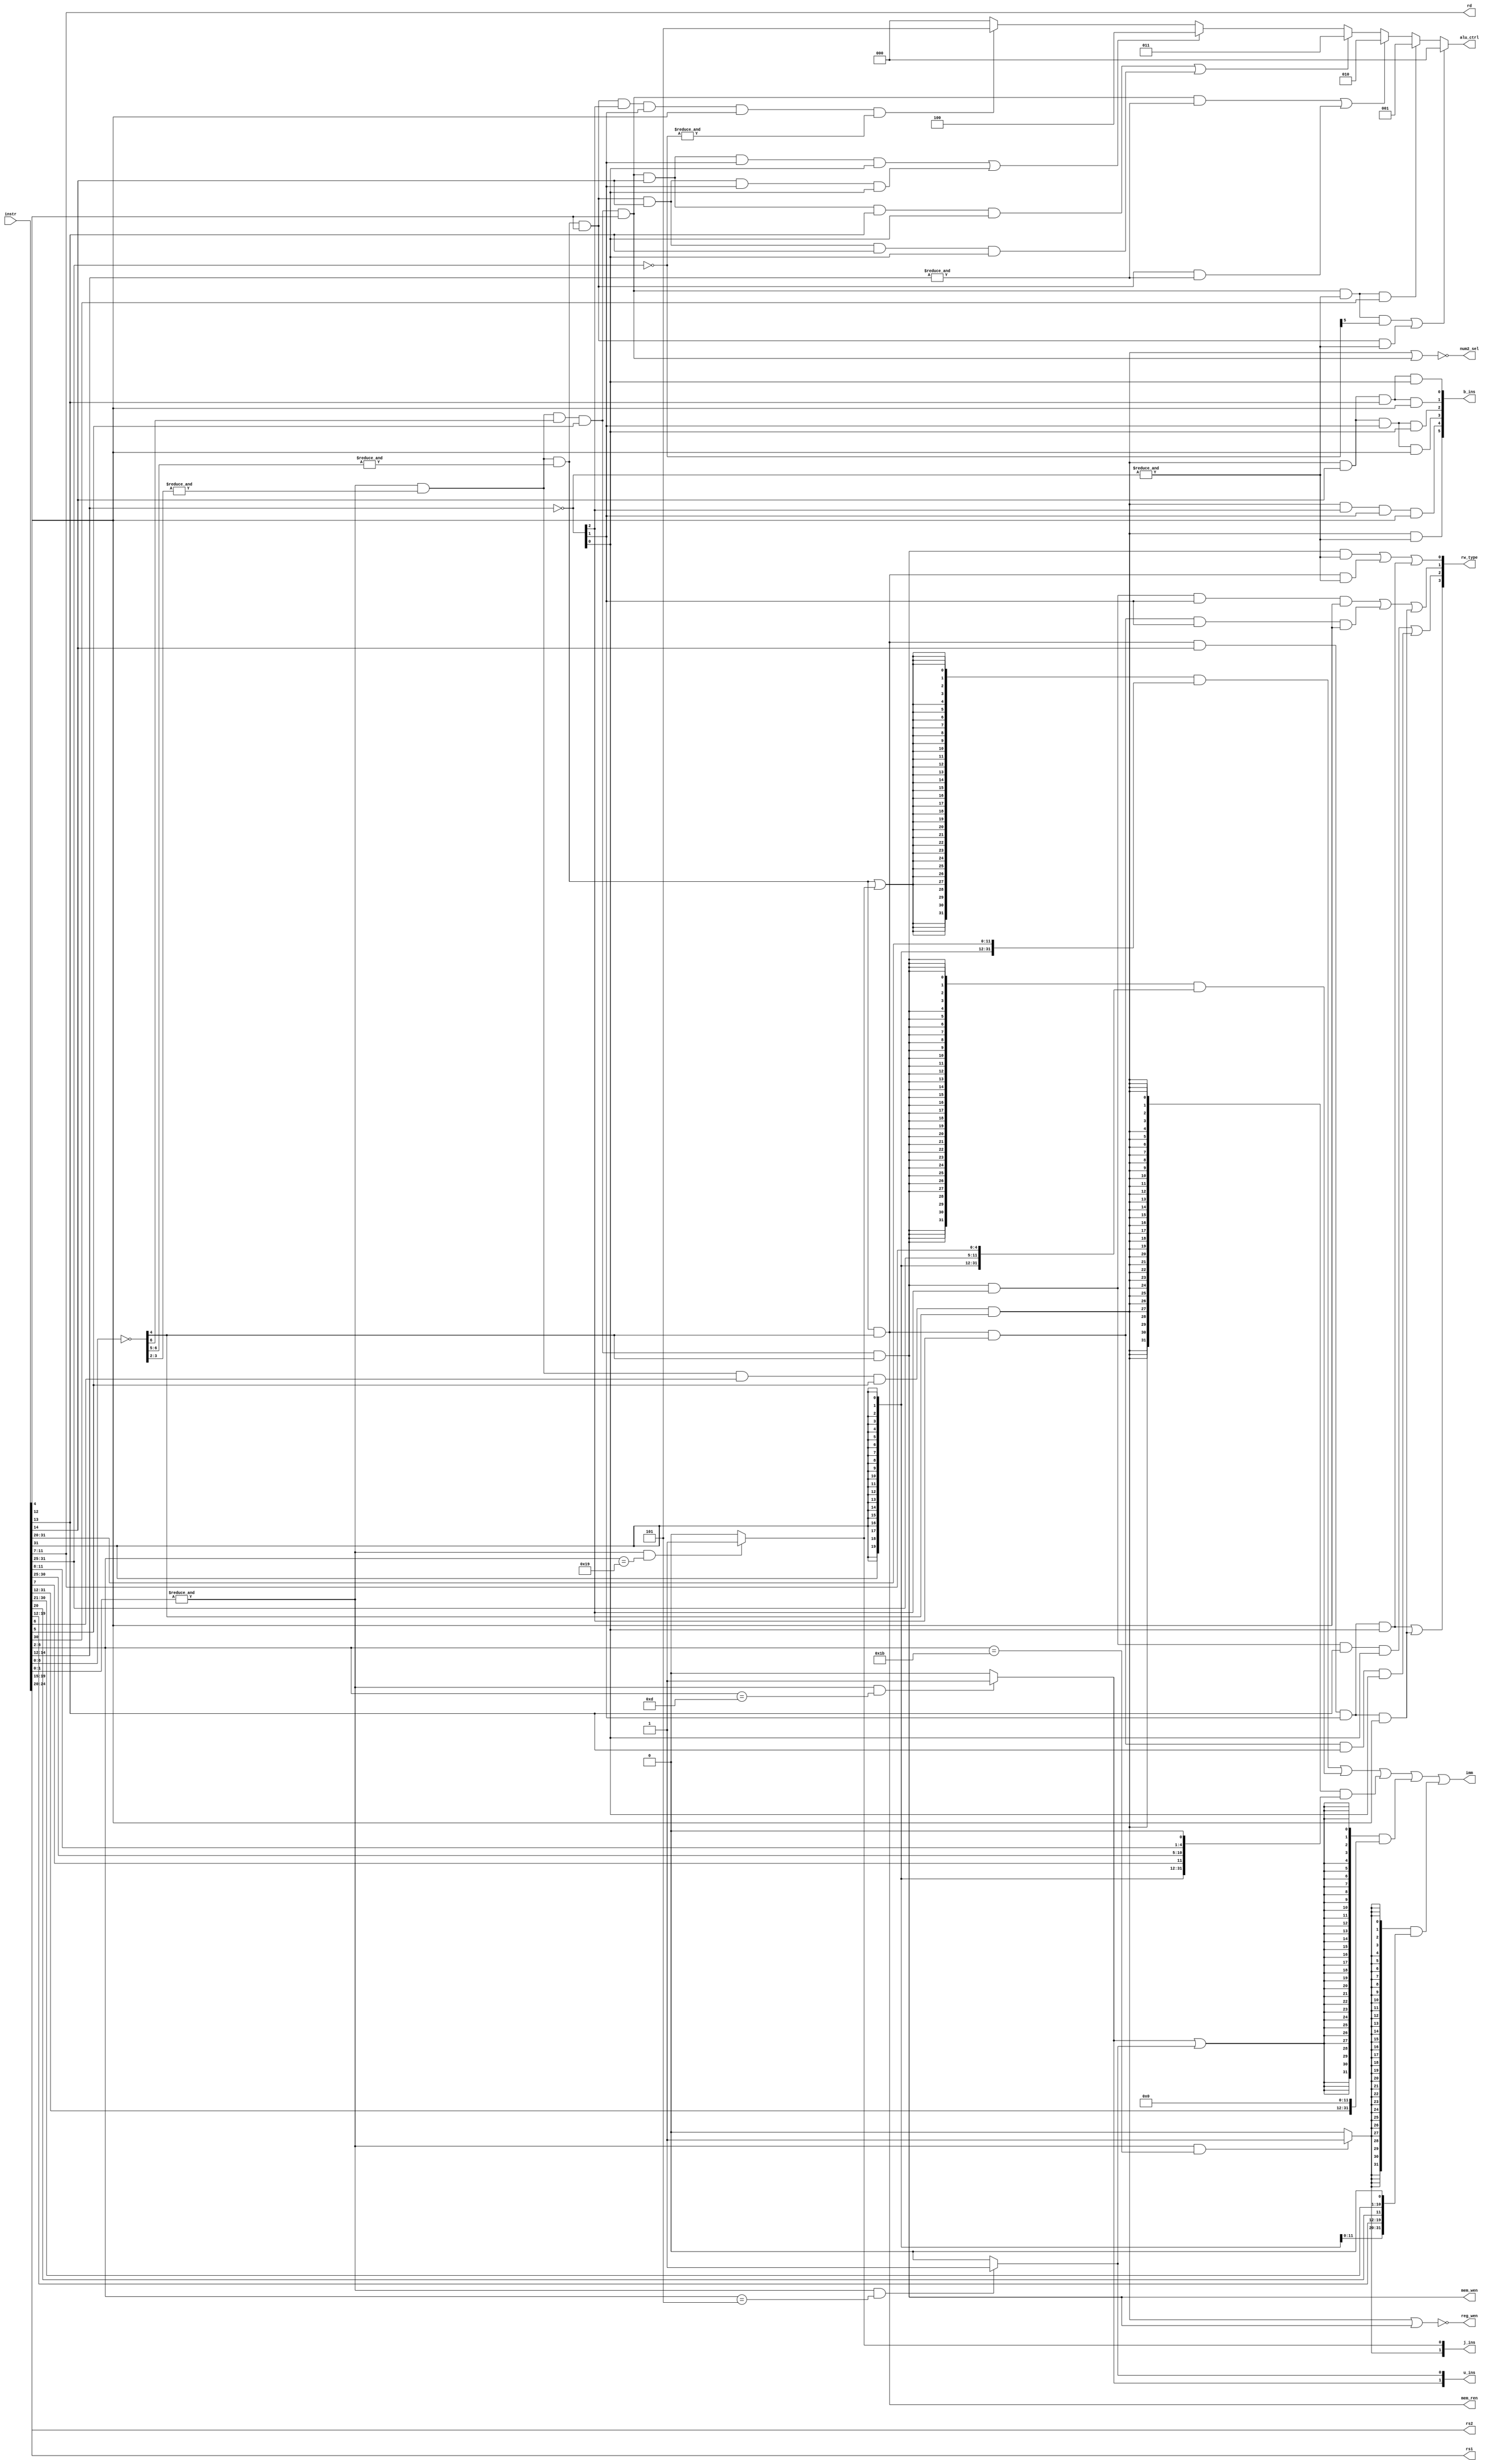
module Decoder(
    input [31:0] instr,

    //regfile
    output [4:0] rs1,
    output [4:0] rs2,
    output [4:0] rd,

    //alu
    output [31:0] imm,
    output [2:0] alu_ctrl,
    output num2_sel,        //1:imm

    //access mem
    output [3:0] rw_type,         //u, w, h, b
    output mem_wen,
    output mem_ren,

    //write back
    output [5:0] b_ins,      //be, bne, bge, blt, bgeu, bltu
    output [1:0] j_ins,      //jal, jalr
    output [1:0] u_ins,      //lui, auipc
    output reg_wen
);

    wire [6:0] funct7;      //7 31:25
    //wire [4:0] rs2;       //5 24:20
    //wire [4:0] rs1;       //5 19:15
    wire [2:0] funct3;      //3 14:12
    //wire [4:0] rd;        //5 11:7
    wire [6:0] opcode;      //7  6:0
    wire [6:0] funct7_n;
    wire [2:0] funct3_n;
    wire [6:0] opcode_n;

    assign {funct7, rs2, rs1, funct3, rd, opcode} = instr;
    assign funct7_n = ~funct7;
    assign funct3_n = ~funct3;
    assign opcode_n = ~opcode;

//================ctrl_gen================
    wire r_type, i_type, s_type, b_type, u_type, j_type;
    wire u, w, h, b;
    wire beq, bne, bge, blt, bgeu, bltu;
    wire jal, jalr;
    wire lui, auipc;
    assign rw_type = {u, w, h, b};
    assign b_ins = {beq, bne, bge, blt, bgeu, bltu};
    assign j_ins = {jal, jalr};
    assign u_ins = {lui, auipc};
    
    //opcode[1:0] must be 2'b11
    wire effect;
    assign effect = &opcode[1:0];

    //u type
    assign lui = effect && (opcode[6:2] == 5'b01101) ? 1'b1 : 1'b0;
    assign auipc = effect && (opcode[6:2] == 5'b00101) ? 1'b1 : 1'b0;
    assign u_type = lui | auipc;
    //jal, jalr
    assign jal = effect && (opcode[6:2] == 5'b11011) ? 1'b1 : 1'b0;
    assign jalr = effect && (opcode[6:2] == 5'b11001) ? 1'b1 : 1'b0;
    assign j_type = jal;

    //not top4 xxx_00_xx
    wire t4_n;
    assign t4_n = &opcode_n[3:2];

    //b type 110_00_11
    assign b_type = effect & t4_n & opcode[6] & opcode[5] & opcode_n[4];//110
    assign beq = b_type & (&funct3_n);                          //000
    assign bne = b_type & funct3_n[2] & funct3_n[1] & funct3[0];//001
    assign blt = b_type & funct3[2] & funct3_n[1] & funct3_n[0];//100
    assign bge = b_type & funct3[2] & funct3_n[1] & funct3[0];  //101
    assign bltu = b_type & funct3[2] & funct3[1] & funct3_n[0]; //110
    assign bgeu = b_type & funct3[2] & funct3[1] & funct3[0];   //111

    //s type 010_00_11 (store)
    wire sb, sh, sw;
    assign s_type = effect & t4_n & opcode_n[6] & opcode[5] & opcode_n[4];//010
    assign mem_wen = s_type;
    assign sb = s_type & (&funct3_n);                           //000
    assign sh = s_type & funct3_n[2] & funct3_n[1] & funct3[0]; //001
    assign sw = s_type & funct3_n[2] & funct3[1] & funct3_n[0]; //010

    //r type 011_00_11
    wire add, sub, xorr, orr, andr;
    assign r_type = effect & t4_n & opcode_n[6] & opcode[5] & opcode[4];//011
    assign add = r_type & (&funct3_n) & funct7_n[5];            //000 0
    assign sub = r_type & (&funct3_n) & funct7[5];              //000 1
    assign xorr = r_type & funct3[2] & funct3_n[1] & funct3_n[0];//100
    assign orr = r_type & funct3[2] & funct3[1] & funct3_n[0];   //110
    assign andr = r_type & (&funct3);                            //111

    //i type 00x_00_11
    wire _i_type;
    wire i_load;
    wire i_calc;
    wire lb, lh, lw;
    wire lbu, lhu;
    wire addi, xori, ori, andi;
    wire slli; 
    assign _i_type = effect & t4_n & (&opcode_n[6:5]);//00x
    assign i_type = _i_type | jalr;
    assign i_load = _i_type & opcode_n[4];
    assign i_calc = _i_type & opcode[4];
    assign mem_ren = i_load;

    assign lb = i_load & (&funct3_n);                           //000
    assign lh = i_load & funct3_n[2] & funct3_n[1] & funct3[0]; //001
    assign lw = i_load & funct3_n[2] & funct3[1] & funct3_n[0]; //010
    assign lbu = i_load & funct3[2] & funct3_n[1] & funct3_n[0];//100
    assign lhu = i_load & funct3[2] & funct3_n[1] & funct3[0];  //101

    assign u = lbu | lhu;
    assign b = sb | lb | lbu;
    assign h = sh | lh | lhu;
    assign w = sw | lw;

    assign addi = i_calc & (&funct3_n);                         //000
    assign xori = i_calc & funct3[2] & funct3_n[1] & funct3_n[0];//100
    assign ori = i_calc & funct3[2] & funct3[1] & funct3_n[0];  //110
    assign andi = i_calc & (&funct3);                           //111
    assign slli = i_calc & funct3_n[2] & funct3_n[1] & funct3[0] & (&funct7_n);//001 0

    //reg_write
    assign reg_wen = ~(b_type | s_type);

//================imm_gen================
    wire [31:0] i_imm;
    wire [31:0] s_imm;
    wire [31:0] b_imm;
    wire [31:0] u_imm;
    wire [31:0] j_imm;
    assign i_imm = { {20{instr[31]}}, instr[31:20]                                                          };
    assign s_imm = { {20{instr[31]}}, instr[31:25],                                 instr[11:7]             };
    assign b_imm = { {20{instr[31]}},                   instr[7],   instr[30:25],   instr[11:8],    1'b0    };
    assign u_imm = { instr[31:12],                      12'b0                                               };
    assign j_imm = { {12{instr[31]}},   instr[19:12],   instr[20],  instr[30:25],   instr[24:21],   1'b0    };

    assign imm =    {32{i_type}} & i_imm |
                    {32{s_type}} & s_imm |
                    {32{b_type}} & b_imm |
                    {32{u_type}} & u_imm |
                    {32{j_type}} & j_imm;

//================alu_ctrl================
    assign num2_sel = ~(b_type | r_type);
    assign alu_ctrl =   (add | addi)    ? 3'd0 : 
                        (sub)           ? 3'd1 :
                        (andr | andi)   ? 3'd2 :
                        (orr | ori)     ? 3'd3 :
                        (xorr | xori)    ? 3'd4 :
                        (slli)          ? 3'd5 :
                                          3'd0;

endmodule